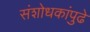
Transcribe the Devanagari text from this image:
संशोधकांपुढे